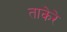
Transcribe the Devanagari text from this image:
ताकेरे